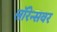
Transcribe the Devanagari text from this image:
लॉरेन्सवर